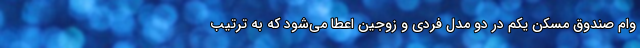
وام صندوق مسکن یکم در دو مدل فردی و زوجین اعطا می‌شود که به ترتیب